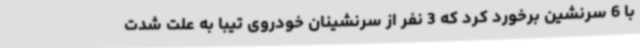
با 6 سرنشین برخورد کرد که 3 نفر از سرنشینان خودروی تیبا به علت شدت